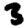
Digit: 3